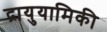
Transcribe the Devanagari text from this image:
द्रायुयामिकी